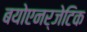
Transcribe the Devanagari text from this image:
बयोएनर्जेटिक